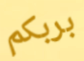
بربكم